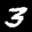
Label: 3